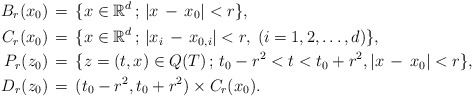
\begin{align*}B_r (x_0) & \, = \, \{ x \in \mathbb{R}^d \, ; \, | x \, - \, x_0 | < r \}, \\C_r (x_0) & \, = \, \{ x \in \mathbb{R}^d \,; \, | x_i \, - \, x_{0,i} | < r, \; ( i = 1,2,\ldots,d) \},\\P_r (z_0) & \, = \, \{ z=(t,x) \in Q(T) \, ; \, t_0 - r^2 < t < t_0 + r^2, | x \, - \, x_0 | < r\},\\D_r (z_0) & \, = \, (t_0-r^2,t_0+r^2) \times C_r (x_0).\end{align*}